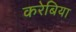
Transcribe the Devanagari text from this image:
करेबिया